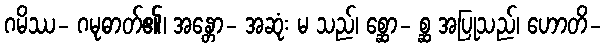
ဂမိဿ- ဂမုဓာတ်၏၊ အန္တော- အဆုံး မ သည်၊ စ္ဆော- စ္ဆ အပြုသည်၊ ဟောတိ-